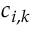
{ c _ { i , k } }